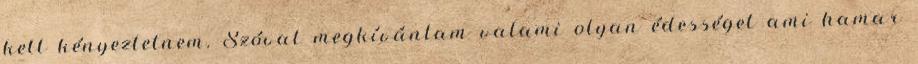
kell kényeztetnem. Szóval megkívántam valami olyan édességet ami hamar